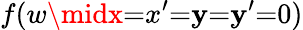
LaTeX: f(w\midx{=}x^{\prime}{=}\mathbf{y}{=}\mathbf{y}^{\prime}{=}0)